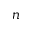
n